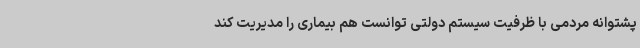
پشتوانه مردمی با ظرفیت سیستم دولتی توانست هم بیماری را مدیریت کند